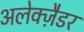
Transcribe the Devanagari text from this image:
अलेक्ज़ैडर